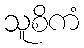
သူစိကံ